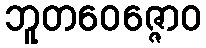
ဘူတဝေဇ္ဇောဝ